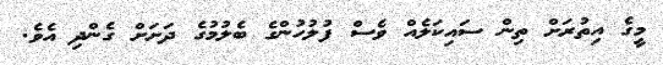
މީގެ އިތުރަށް ތިން ސައިކަލެއް ވެސް ފުލުހުންގެ ބެލުމުގެ ދަށަށް ގެންދި އެވެ.